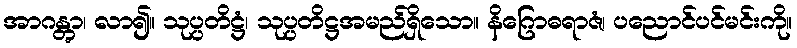
အာဂန္တွာ၊ လာ၍။ သုပ္ပတိဋ္ဌံ၊ သုပ္ပတိဋ္ဌအမည်ရှိသော။ နိဂြောဓရာဇံ၊ ပညောင်ပင်မင်းကို။